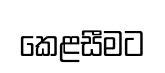
කෙළසීමට